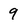
Character: 9